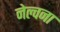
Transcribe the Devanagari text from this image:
नेल्वना